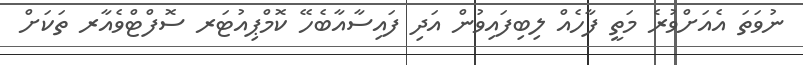
ނުވަތަ އެއަށްވުރެ މަތީ ފާހެއް ލިބިފައިވުން އަދި ފައިސާއާބެހޭ ކޮމްޕިއުޓަރ ސޮފްޓްވެއާރ ތަކަށް